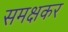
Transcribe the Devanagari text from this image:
समक्षकर